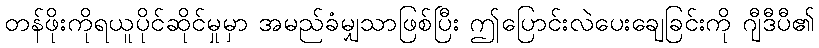
တန်ဖိုးကိုရယူပိုင်ဆိုင်မှုမှာ အမည်ခံမျှသာဖြစ်ပြီး ဤပြောင်းလဲပေးချေခြင်းကို ဂျီဒီပီ၏